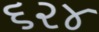
૬૨૪